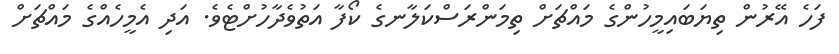
ފަހެ އޭރުން ތިޔަބައިމީހުންގެ މައްޗަށް ތިމަންރަސްކަލާނގެ ކޯފާ އަތުވެދާހުށްޓެވެ. އަދި އެމީހެއްގެ މައްޗަށް